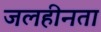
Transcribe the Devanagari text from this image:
जलहीनता